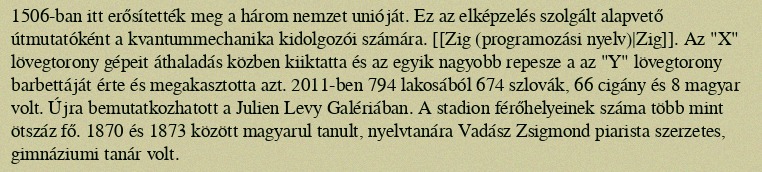
1506-ban itt erősítették meg a három nemzet unióját. Ez az elképzelés szolgált alapvető útmutatóként a kvantummechanika kidolgozói számára. [[Zig (programozási nyelv)|Zig]]. Az "X" lövegtorony gépeit áthaladás közben kiiktatta és az egyik nagyobb repesze a az "Y" lövegtorony barbettáját érte és megakasztotta azt. 2011-ben 794 lakosából 674 szlovák, 66 cigány és 8 magyar volt. Újra bemutatkozhatott a Julien Levy Galériában. A stadion férőhelyeinek száma több mint ötszáz fő. 1870 és 1873 között magyarul tanult, nyelvtanára Vadász Zsigmond piarista szerzetes, gimnáziumi tanár volt.